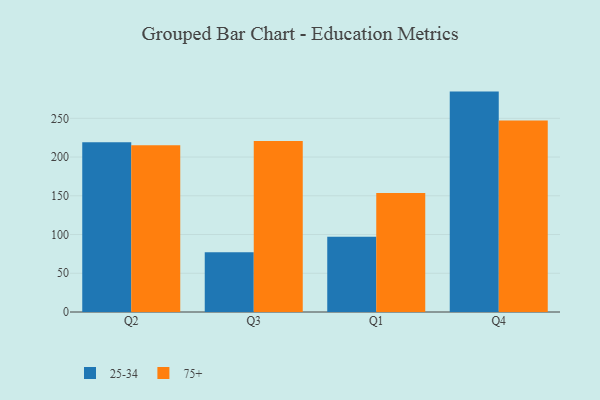
{"axis": {"x": "Quarter", "y": "Website Visitors"}, "legend": ["25-34", "75+"], "data": [{"x": "Q2", "y": 219.0, "type": "25-34"}, {"x": "Q2", "y": 215.1, "type": "75+"}, {"x": "Q3", "y": 77.2, "type": "25-34"}, {"x": "Q3", "y": 220.7, "type": "75+"}, {"x": "Q1", "y": 97.1, "type": "25-34"}, {"x": "Q1", "y": 153.6, "type": "75+"}, {"x": "Q4", "y": 284.5, "type": "25-34"}, {"x": "Q4", "y": 247.1, "type": "75+"}]}